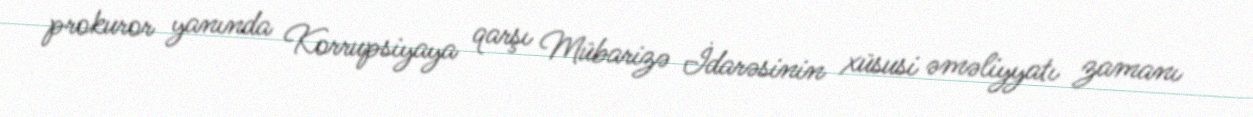
prokuror yanında Korrupsiyaya qarşı Mübarizə İdarəsinin xüsusi əməliyyatı zamanı